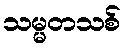
သမ္မတသစ်